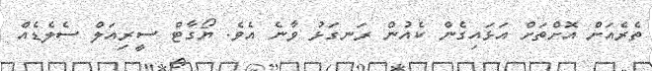
ތެރެއަށް އޮށްތަށް އަޅައިގެން ކެއުން ރަނގަޅު ވާނެ އެވެ. ޔޯގާޓް ސީރިއަލް ސެލެޑެއް